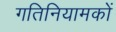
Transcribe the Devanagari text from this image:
गतिनियामकों